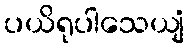
ပယိရုပါသေယျံ